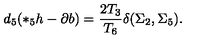
d _ { 5 } ( * _ { 5 } h - \partial b ) = { \frac { 2 T _ { 3 } } { T _ { 6 } } } \delta ( \Sigma _ { 2 } , \Sigma _ { 5 } ) .